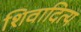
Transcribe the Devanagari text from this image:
शिवादित्य